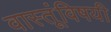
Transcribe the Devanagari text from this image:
वास्तूंविषयी